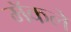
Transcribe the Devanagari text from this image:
मॅकले